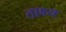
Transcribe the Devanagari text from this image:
ताक्ष्य